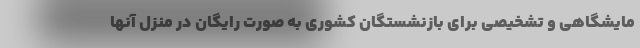
مایشگاهی و تشخیصی برای بازنشستگان کشوری به صورت رایگان در منزل آنها